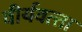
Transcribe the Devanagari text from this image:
वीर्यवत्‍ता